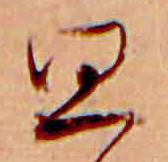
思